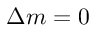
\Delta m = 0